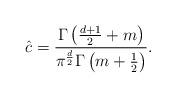
LaTeX: \begin{align*}\hat c =\frac{\Gamma\left(\frac{d+1}{2}+m\right)}{\pi^\frac{d}{2}\Gamma\left(m+\frac12\right)}.\end{align*}